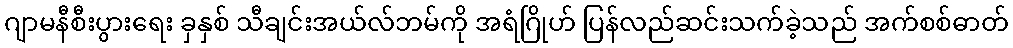
ဂျာမနီစီးပွားရေး ခှနှစ် သီချင်းအယ်လ်ဘမ်ကို အရံဂြိုဟ် ပြန်လည်ဆင်းသက်ခဲ့သည် အက်စစ်ဓာတ်